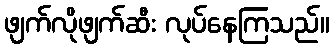
ဖျက်လိုဖျက်ဆီး လုပ်နေကြသည်။